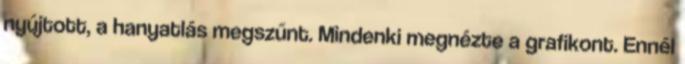
nyújtott, a hanyatlás megszűnt. Mindenki megnézte a grafikont. Ennél